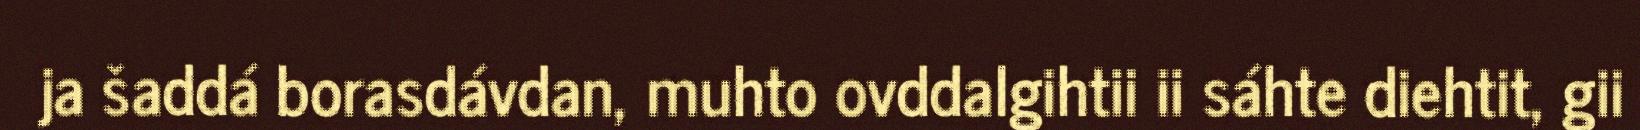
ja šaddá borasdávdan, muhto ovddalgihtii ii sáhte diehtit, gii